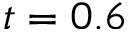
t = 0 . 6